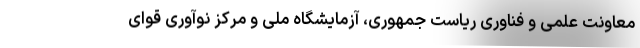
معاونت علمی و فناوری ریاست جمهوری، آزمایشگاه ملی و مرکز نوآوری قوای